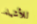
للأشياء